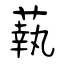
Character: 蓻